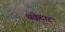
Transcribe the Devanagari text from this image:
थक्केदार